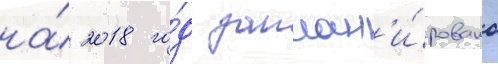
на́ 2018 го́д заплан'и́ровано